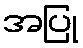
အပြု